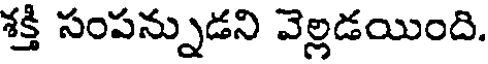
శక్తి సంపన్నుడని వెల్లడయింది.